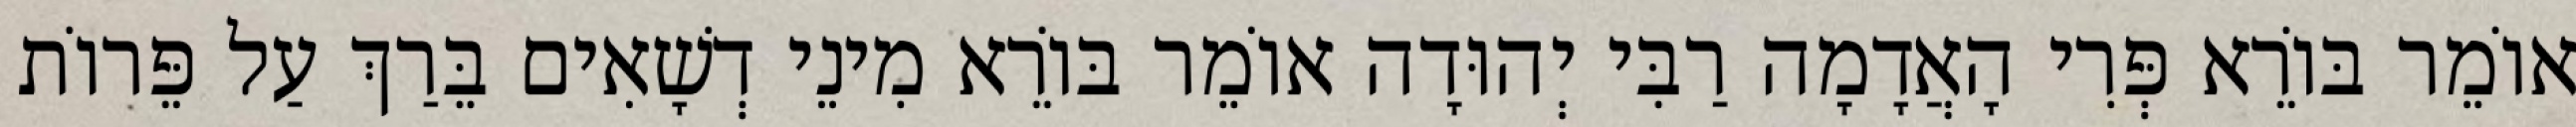
אוֹמֵר בּוֹרֵא פְּרִי הָאֲדָמָה רַבִּי יְהוּדָה אוֹמֵר בּוֹרֵא מִינֵי דְשָׁאִים בֵּרַךְ עַל פֵּרוֹת